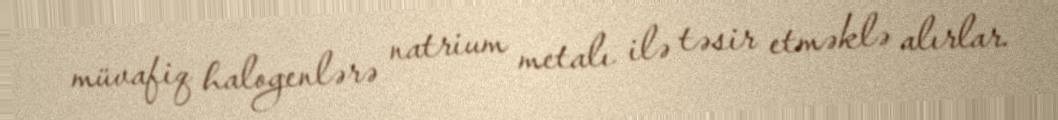
müvafiq halogenlərə natrium metalı ilə təsir etməklə alırlar.